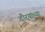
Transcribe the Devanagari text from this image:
दौर्‍यांच्या